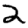
Digit: 2